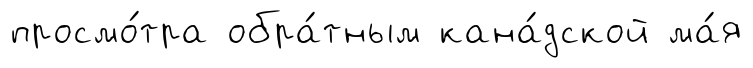
просмо́тра обра́тным кана́дской ма́я